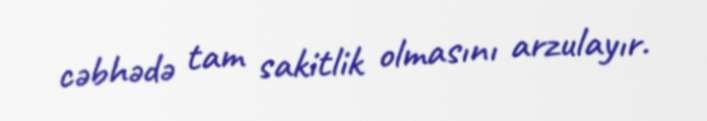
cəbhədə tam sakitlik olmasını arzulayır.